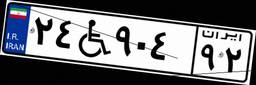
۲۴W۹۰۴۹۲